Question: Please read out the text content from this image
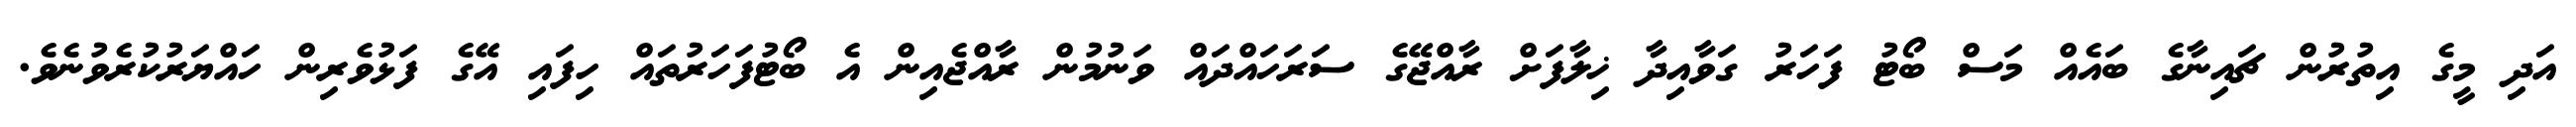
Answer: އަދި މީގެ އިތުރުން ޗައިނާގެ ބައެއް މަސް ބޯޓު ފަހަރު ގަވާއިދާ ޚިލާފަށް ރާއްޖޭގެ ސަރަހައްދައް ވަނުމުން ރާއްޖެއިން އެ ބޯޓުފަހަރުތައް ހިފައި އޭގެ ފަޅުވެރިން ހައްޔަރުކުރެވުނެވެ.